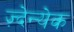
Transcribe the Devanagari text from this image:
ज़्देन्येक